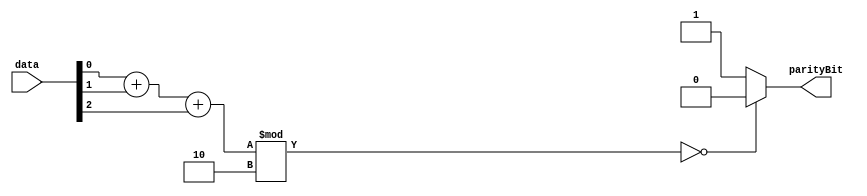
module even_parity_generator(
    input [2:0] data,
    output reg parityBit
    );
wire  [2:0] sum;

always@(*)
begin
if((sum % 2) == 0)
  parityBit = 0;
else
  parityBit = 1;

end

assign sum = data[0] + data[1] + data[2];

endmodule